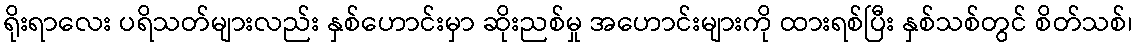
ရိုးရာလေး ပရိသတ်များလည်း နှစ်ဟောင်းမှာ ဆိုးညစ်မှု အဟောင်းများကို ထားရစ်ပြီး နှစ်သစ်တွင် စိတ်သစ်၊